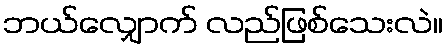
ဘယ်လျှောက် လည်ဖြစ်သေးလဲ။